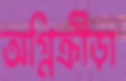
অগ্নিক্রীড়া